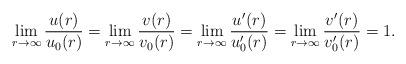
LaTeX: \begin{align*} \lim_{r\to \infty} \frac{u(r)}{u_0(r)} = \lim_{r\to \infty} \frac{v(r)}{v_0(r)} =\lim_{r\to \infty} \frac{u'(r)}{u_0'(r)} = \lim_{r\to \infty} \frac{v'(r)}{v_0'(r)} = 1.\end{align*}